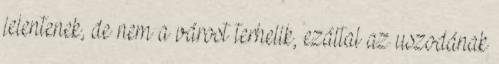
jelentenek, de nem a várost terhelik, ezáltal az uszodának